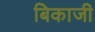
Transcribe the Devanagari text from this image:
बिकाजी